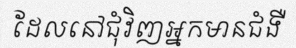
ដែលនៅជុំវិញអ្នកមានជំងឺ